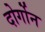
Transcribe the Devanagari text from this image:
दोर्गोन